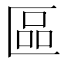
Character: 區